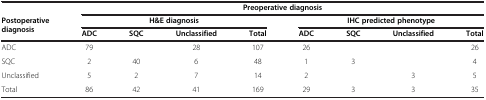
<table><thead><tr><td><b> </b></td><td colspan="8"><b>Preoperative diagnosis</b></td></tr><tr><td rowspan="2"><b>Postoperative diagnosis</b></td><td colspan="4"><b>H&amp;E diagnosis</b></td><td colspan="4"><b>IHC predicted phenotype</b></td></tr><tr><td><b>ADC</b></td><td><b>SQC</b></td><td><b>Unclassified</b></td><td><b>Total</b></td><td><b>ADC</b></td><td><b>SQC</b></td><td><b>Unclassified</b></td><td><b>Total</b></td></tr></thead><tbody><tr><td>ADC</td><td>79</td><td> </td><td>28</td><td>107</td><td>26</td><td> </td><td> </td><td>26</td></tr><tr><td>SQC</td><td>2</td><td>40</td><td>6</td><td>48</td><td>1</td><td>3</td><td> </td><td>4</td></tr><tr><td>Unclassified</td><td>5</td><td>2</td><td>7</td><td>14</td><td>2</td><td> </td><td>3</td><td>5</td></tr><tr><td>Total</td><td>86</td><td>42</td><td>41</td><td>169</td><td>29</td><td>3</td><td>3</td><td>35</td></tr></tbody></table>